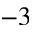
^ { - 3 }